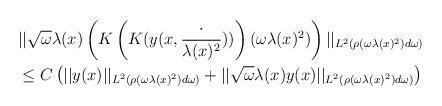
LaTeX: \begin{align*}&||\sqrt{\omega} \lambda(x)\left(K\left(K(y(x,\frac{\cdot}{\lambda(x)^{2}}))\right)(\omega \lambda(x)^{2})\right)||_{L^{2}(\rho(\omega \lambda(x)^{2}) d\omega)} \\&\leq C\left(||y(x)||_{L^{2}(\rho(\omega \lambda(x)^{2}) d\omega)}+||\sqrt{\omega} \lambda(x) y(x) ||_{L^{2}(\rho(\omega \lambda(x)^{2}) d\omega)}\right)\end{align*}